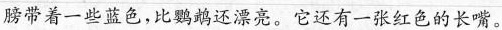
膀带着一些蓝色，比鹦鹉还漂亮。它还有一张红色的长嘴。